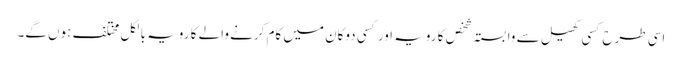
اسی طرح کسی کھیل سے وابستہ شخص کا رویہ اور کسی دوکان میں کام کرنے والے کا رویہ بالکل مختلف ہوں گے۔